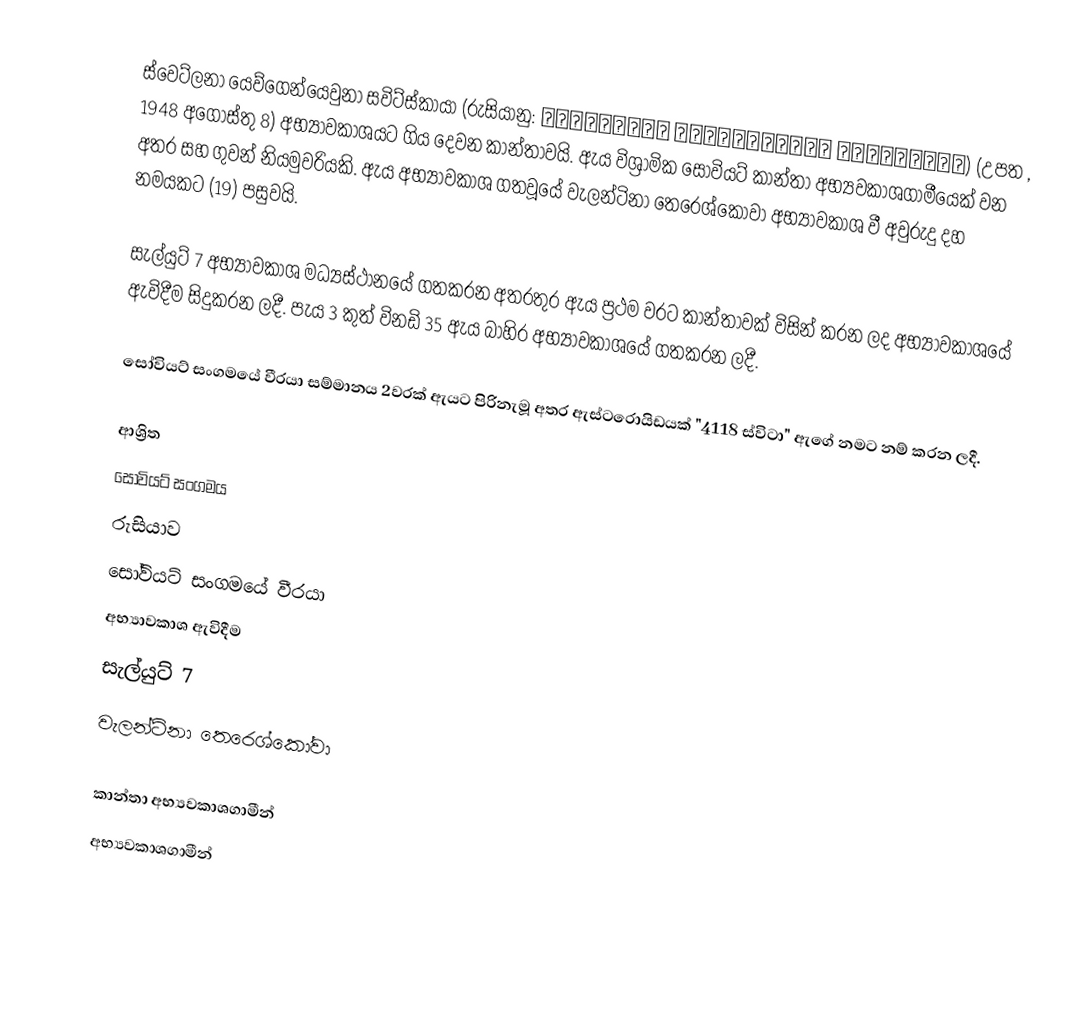
ස්වෙට්ලනා යෙව්ගෙන්යෙවුනා සවිට්ස්කායා  (රුසියානු: Светла́на Евге́ньевна Сави́цкая) (උපත , 1948 අගෝස්තු  8) අභ්‍යාවකාශයට ගිය දෙවන කාන්තාවයි. ඇය විශ්‍රාමික සෝවියට්  කාන්තා අභ්‍යවකාශගාමීයෙක් වන අතර සහ ගුවන් නියමුවරියකි. ඇය අභ්‍යාවකාශ ගතවූයේ  වැලන්ටිනා තෙරෙශ්කෝවා අභ්‍යාවකාශ වී අවුරුදු දහ නමයකට (19) පසුවයි.

සැල්යුට් 7 අභ්‍යාවකාශ මධ්‍යස්ථානයේ ගතකරන අතරතුර ඇය ප්‍රථම වරට කාන්තාවක් විසින් කරන ලද අභ්‍යාවකාශයේ ඇවිදීම සිදුකරන ලදී. පැය 3 කුත් විනඩි 35 ඇය බාහිර අභ්‍යාවකාශයේ  ගතකරන ලදී.

සෝවියට් සංගමයේ වීරයා සම්මානය 2වරක් ඇයට පිරිනැමූ අතර ඇස්ටරොයිඩයක් "4118 ස්විටා" ඇගේ නමට නම් කරන ලදී.

ආශ්‍රිත
 සෝවියට් සංගමය
 රුසියාව
 සෝවියට් සංගමයේ වීරයා
 අභ්‍යාවකාශ ඇවිදීම
 සැල්යුට් 7
 වැලන්ටිනා තෙරෙශ්කෝවා

කාන්තා අභ්‍යවකාශගාමීන්
අභ්‍යවකාශගාමීන්